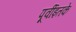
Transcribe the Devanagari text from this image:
पूर्वीइतके